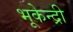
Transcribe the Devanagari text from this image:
भूकेन्द्री